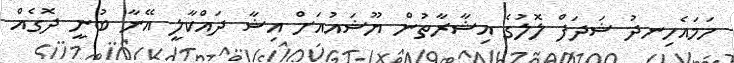
ހަމައެހިނދު ޝަދަފް ލޮލުގެ އިޝާރާތުން ޔޫޝައުއަށް އިޝާ ދައްކާލީ އޭނާ ބުނީ ދޮގެއް